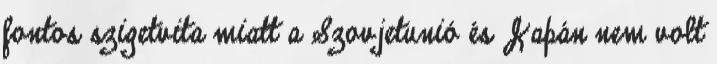
fontos szigetvita miatt a Szovjetunió és Japán nem volt